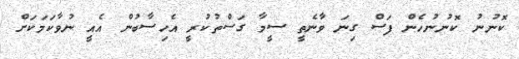
ކޮނުނު ކޮނުނުހެން ފަސް ގިނަ ވާނެތީ ސީމާ ގަސްތުކުރީ އެހިސާބުން އެއީ ނުވާކަމަކަށް